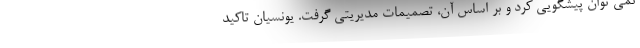
نمی توان پیشگویی کرد و بر اساس آن، تصمیمات مدیریتی گرفت. یونسیان تاکید